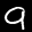
Label: 9